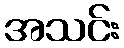
အသင်း